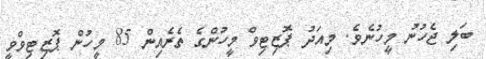
ބަލި ޖެހުނު މީހުނެވެ. މިއަދު ޕޮޒިޓިވް މީހުންގެ ތެރެއިން 85 މީހުން ޕޮޒިޓިވްވީ